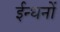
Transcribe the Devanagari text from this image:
ईन्धनों